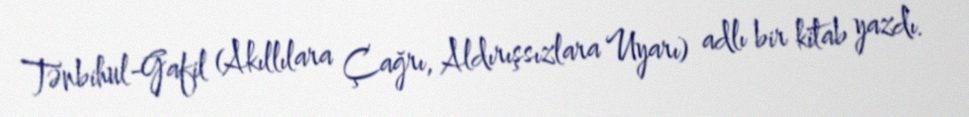
Tənbihul-Gafil (Akıllılara Çağrı, Aldırışsızlara Uyarı) adlı bir kitab yazdı.